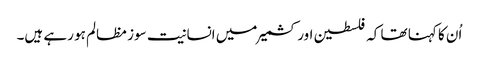
اُن کا کہنا تھا کہ فلسطین اور کشمیر میں انسانیت سوز مظالم ہو رہے ہیں۔